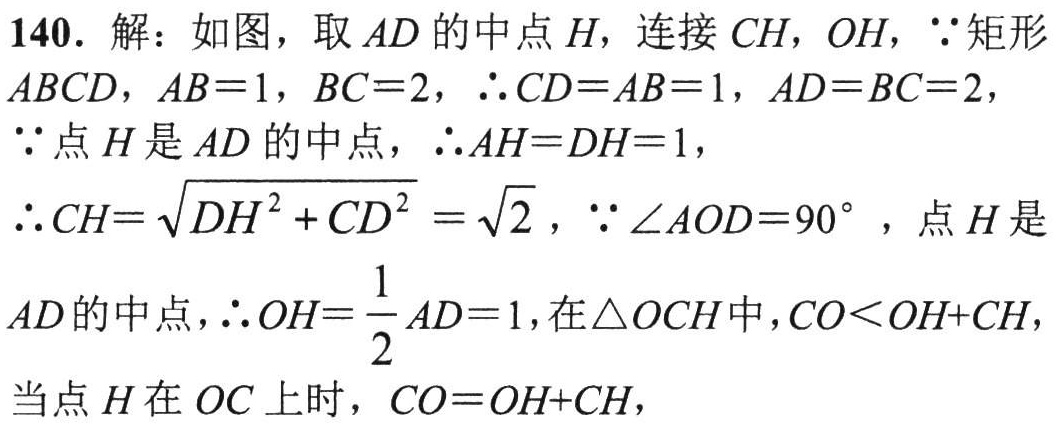
140. 解：如图，取 \(AD\) 的中点 \(H\)，连接 \(CH\)，\(OH\)，\(\because\) 矩形 \(ABCD\)，\(AB = 1\)，\(BC = 2\)，\(\therefore CD = AB = 1\)，\(AD = BC = 2\)，

\(\because\) 点 \(H\) 是 \(AD\) 的中点，\(\therefore AH=DH = 1\)，

\(\therefore CH=\sqrt{DH^{2}+CD^{2}}=\sqrt{2}\)，\(\because\angle AOD = 90^{\circ}\)，点 \(H\) 是 \(AD\) 的中点，\(\therefore OH=\frac{1}{2}AD = 1\)，在 \(\triangle OCH\) 中，\(CO\lt OH + CH\)，

当点 \(H\) 在 \(OC\) 上时，\(CO=OH + CH\)，